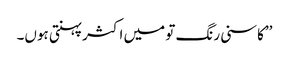
’’کاسنی رنگ تو میں اکثر پہنتی ہوں۔